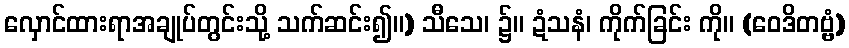
လှောင်ထားရာအချုပ်တွင်းသို့ သက်ဆင်း၍။) သီသေ၊ ၌။ ဍံသနံ၊ ကိုက်ခြင်း ကို။ (ဝေဒိတဗ္ဗံ)